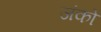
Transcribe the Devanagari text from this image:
जंको